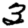
Digit: 3